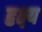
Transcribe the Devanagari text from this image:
दृक्ष्य